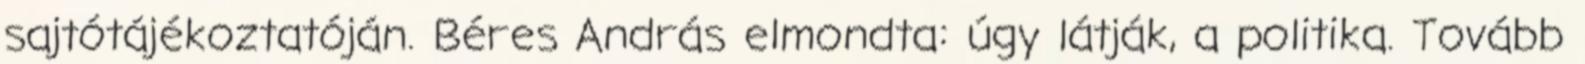
sajtótájékoztatóján. Béres András elmondta: úgy látják, a politika. Tovább